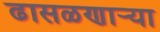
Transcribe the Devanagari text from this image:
ढासळणार्‍या